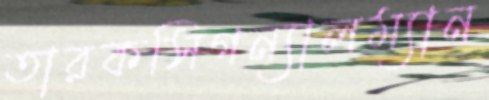
তারকসিগন্যালম্যান